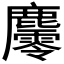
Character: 𪋪